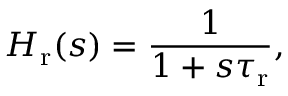
H _ { \mathrm { r } } ( s ) = \frac { 1 } { 1 + s \tau _ { \mathrm { r } } } ,